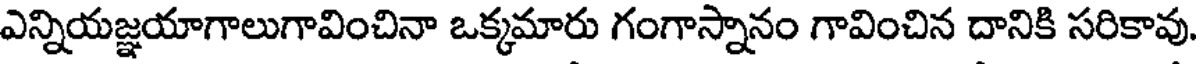
ఎన్నియజ్ఞయాగాలుగావించినా ఒక్కమారు గంగాస్నానం గావించిన దానికి సరికావు